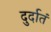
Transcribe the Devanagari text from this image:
दुर्दातं